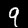
Label: 9